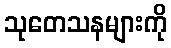
သုတေသနများကို